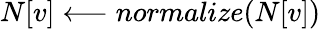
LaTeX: N[v]\longleftarrow normalize(N[v])